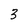
Character: 3